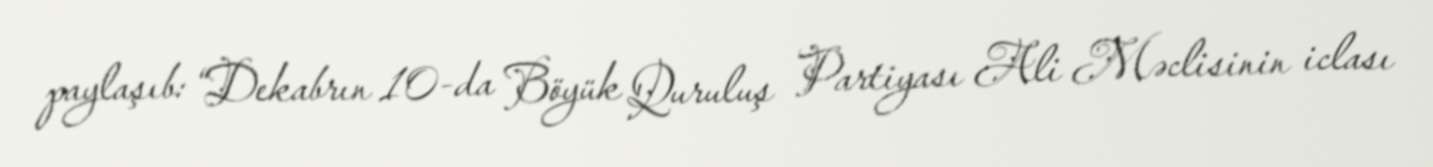
paylaşıb: “Dekabrın 10-da Böyük Quruluş Partiyası Ali Məclisinin iclası